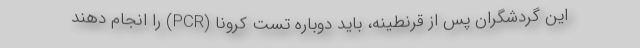
این گردشگران پس از قرنطینه، باید دوباره تست کرونا (PCR) را انجام دهند